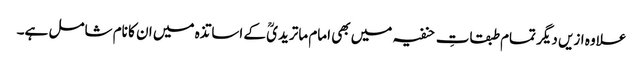
علاوہ ازیں دیگر تمام طبقاتِ حنفیہ میں بھی امام ماتریدیؒ کے اساتذہ میں ان کا نام شامل ہے۔